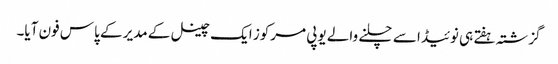
گزشتہ ہفتے ہی نوئیڈا سے چلنے والے یوپی مرکوز ایک چینل کے مدیر کے پاس فون آیا۔